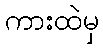
ကားထဲမှ